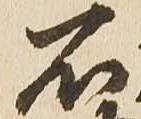
石